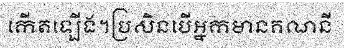
កើតឡើង។ប្រសិនបើអ្នកមានគណនី